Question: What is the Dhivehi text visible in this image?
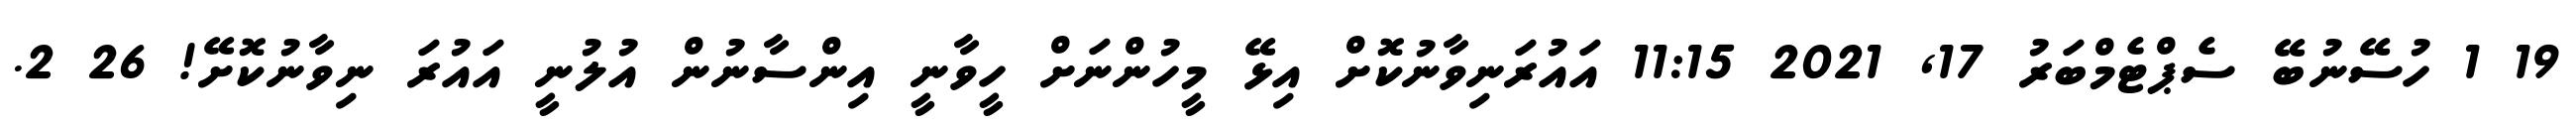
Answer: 19 1 ހުސޭނުބޭ ސެޕްޓެމްބަރު 17, 2021 11:15 އައުރަނިވާނުކޮށް އިޅޭ މީހުންނަށް ހީވާނީ އިންސާނުން އުލުނީ އައުރަ ނިވާނުކޮށޭ! 26 2.